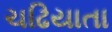
ચઢિયાતા